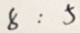
8 : 5